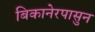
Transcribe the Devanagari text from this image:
बिकानेरपासुन